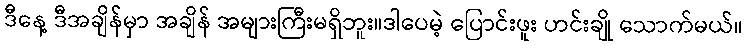
ဒီနေ့ ဒီအချိန်မှာ အချိန် အများကြီးမရှိဘူး။ဒါပေမဲ့ ပြောင်းဖူး ဟင်းချို သောက်မယ်။